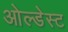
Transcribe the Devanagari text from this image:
ओल्डेस्ट